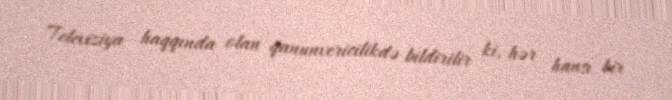
Televiziya haqqında olan qanunvericilikdə bildirilir ki, hər hansı bir